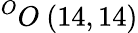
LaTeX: ^{O}O\ (14,14)